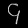
Digit: ၄